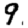
Digit: 9